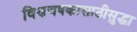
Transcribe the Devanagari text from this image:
विश्वचषकासाठीसुद्धा